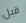
قبل